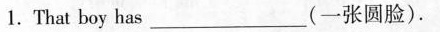
1. That boy has ___ (一张圆脸).